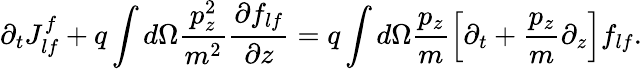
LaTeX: \partial_{t}J_{lf}^{f}+q\int d\Omega\frac{p_{z}^{2}}{m^{2}}\frac{\partial f_{lf}}{\partial z}=q\int d\Omega\frac{p_{z}}{m}\Big[\partial_{t}+\frac{p_{z}}{m}\partial_{z}\Big]f_{lf}.